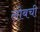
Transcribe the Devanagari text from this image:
लोबची